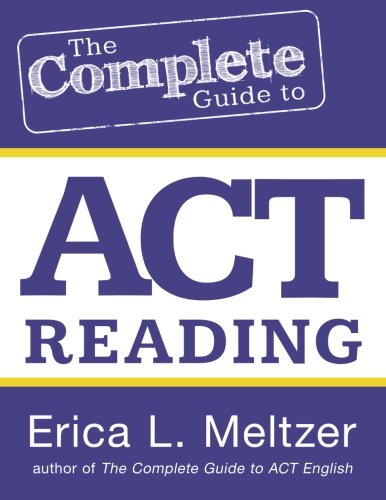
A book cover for The Complete Guide to ACT Reading; Erica L. Meltzer; Test Preparation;